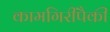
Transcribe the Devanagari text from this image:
कामगिरींपैकी